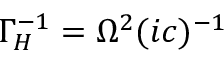
\Gamma _ { H } ^ { - 1 } = \Omega ^ { 2 } ( i c ) ^ { - 1 }